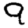
Digit: 9